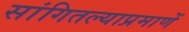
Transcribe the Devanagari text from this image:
सांगितल्याप्रमाणें